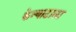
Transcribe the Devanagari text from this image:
केन्याटाला